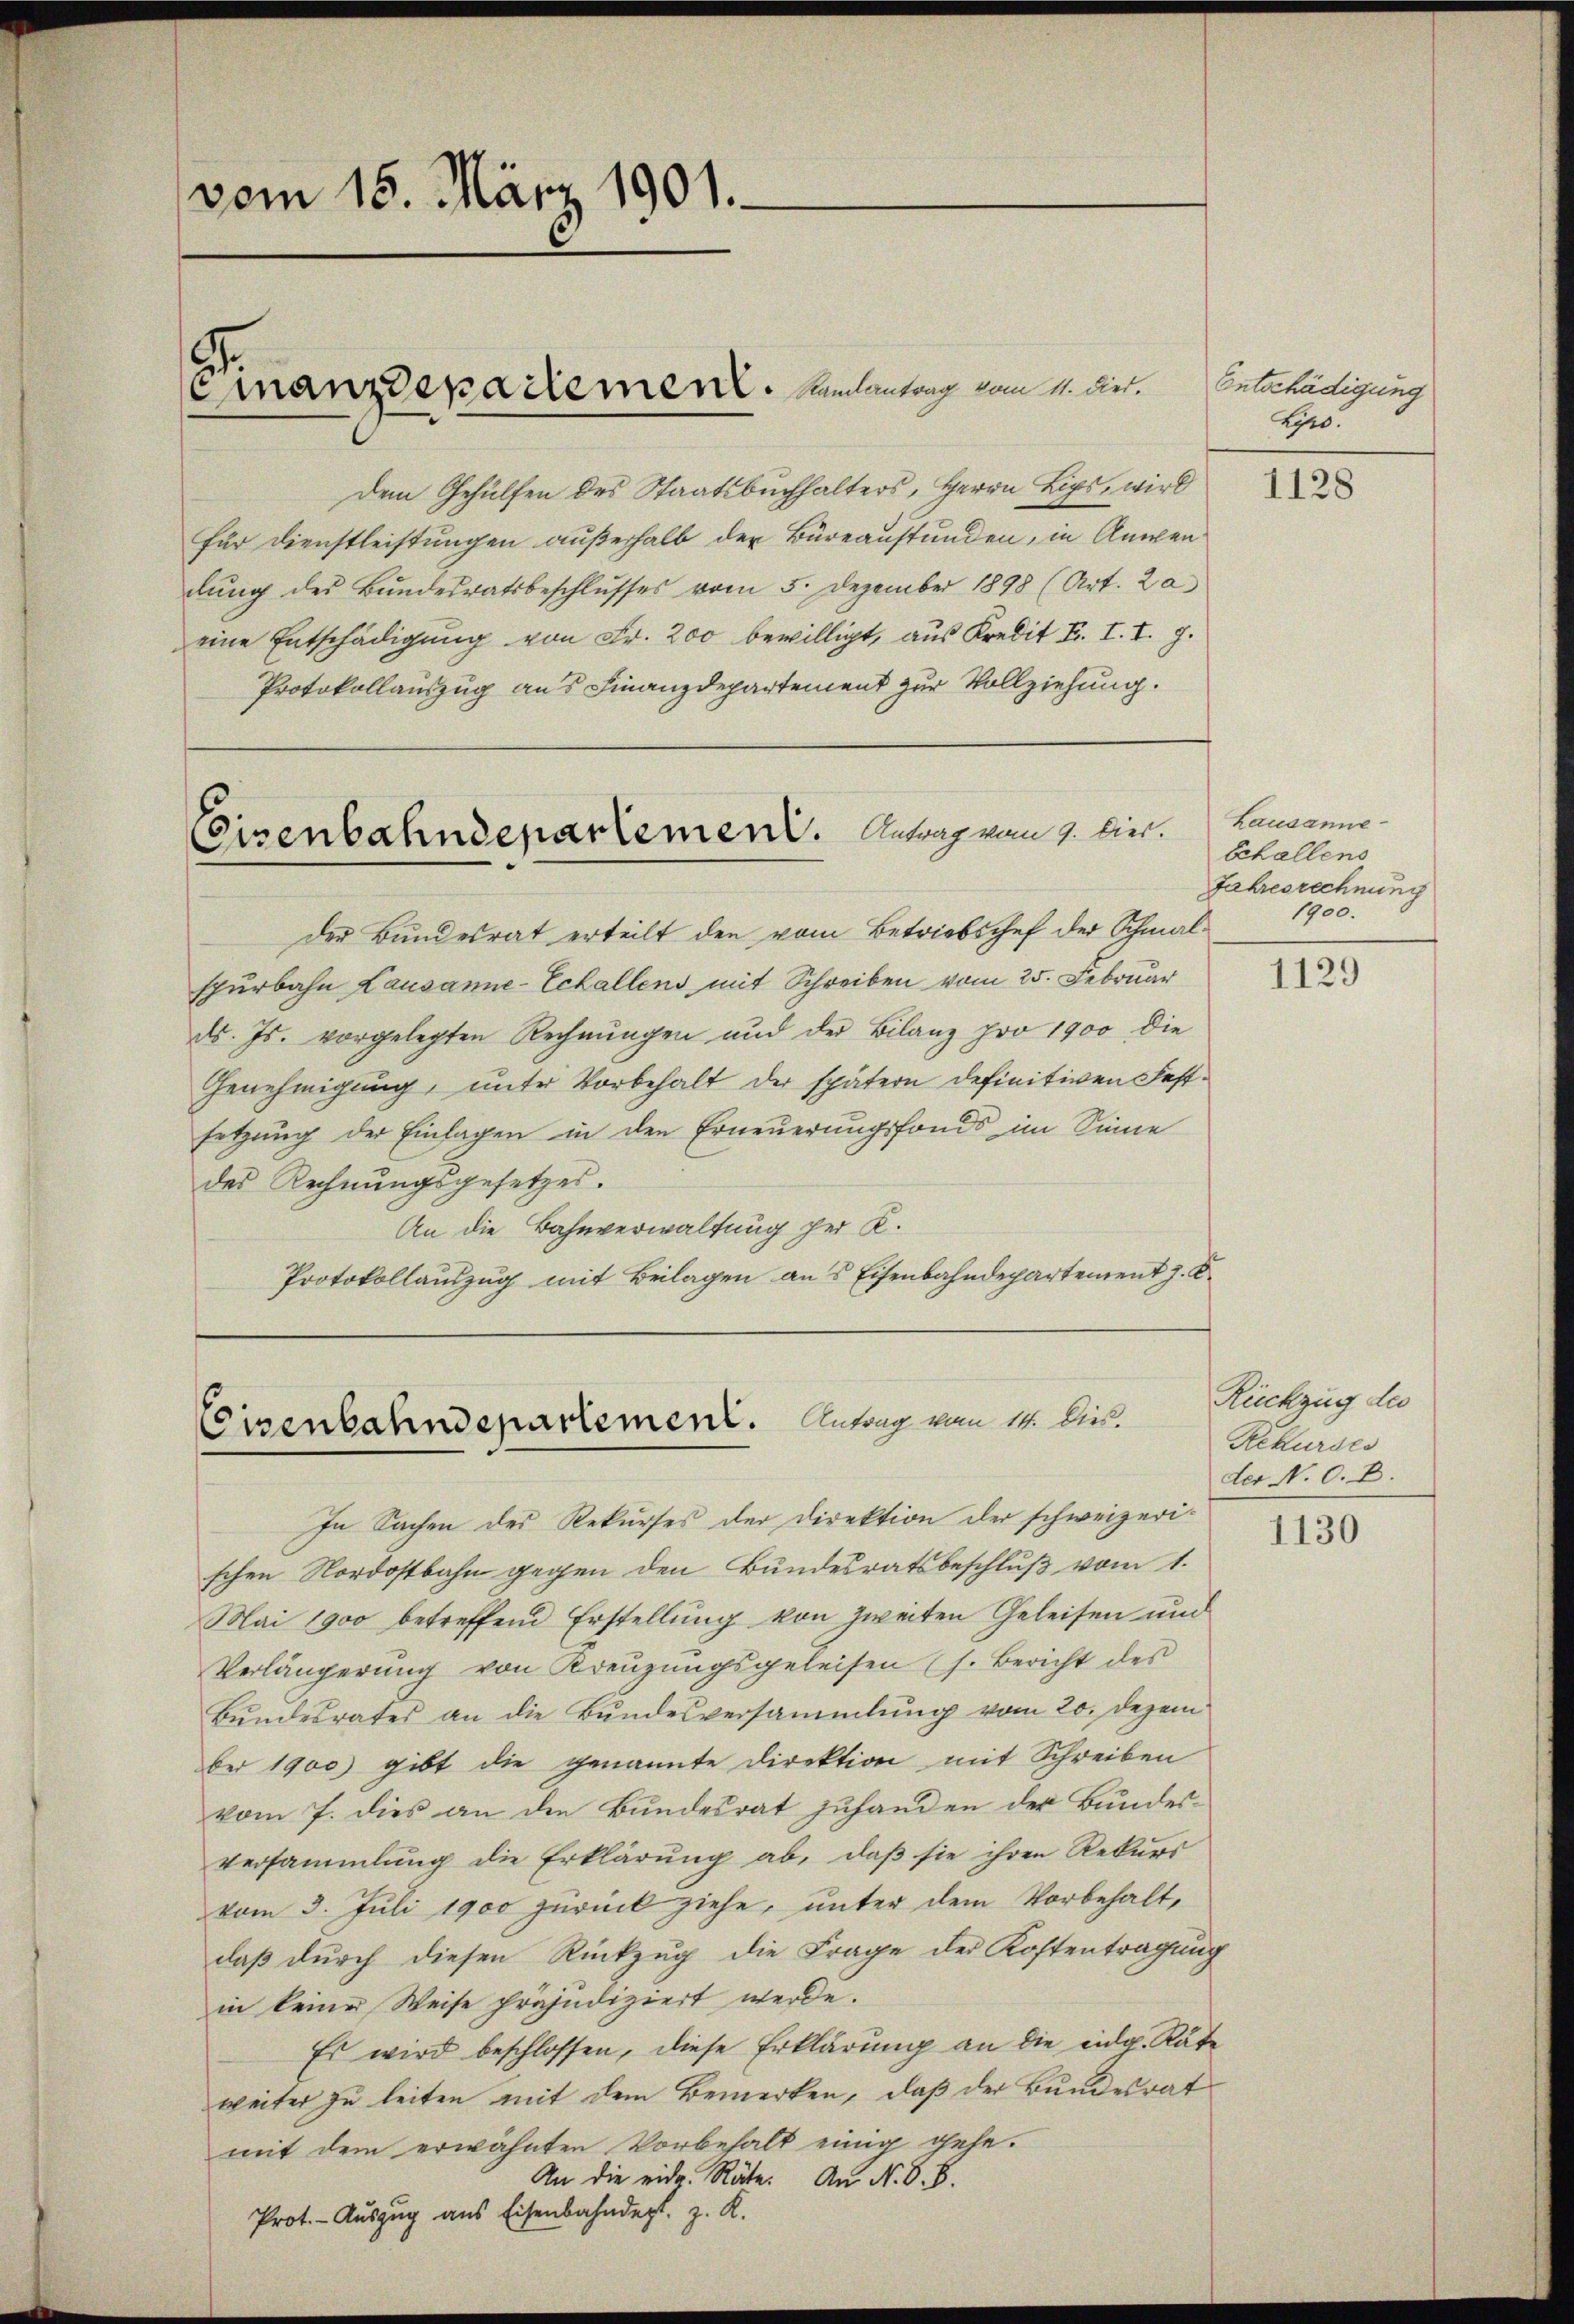
vom 15. März 1901.

Dem Gehülfen des Staatsbuchhalters, Herrn Lips, wird
für Dienstleistungen außerhalb der Büreaustunden, in Anwen
dung des Bundesratsbeschlusses vom 5. Dezember 1898 (Art. 20
eine Entschädigung von Fr. 200 bewilligt, aus Kredit F. II.
Protokollauszug aus Finanzdepartement zur Vollziehung.

Einanzdepadement. Mailantrag vom 11. Diet.

Eisenbahndepartement. Antrag vom 1. hier.

der Bundesrat erteilt den vom Betriebschef der Schmalspurbahn Lausanne-Echallens mit Schreiben vom 25. Februar
ds. Js. vorgelegten Rechnungen und der Bilanz pro 1900 die
Genehmigung, unter Vorbehalt der spätern definitiven Festsetzung der Einlagen in den Erneuerungsfonds im Sinne
des Rechnungsgesetzes.
An die Bahnverwaltung per K.
Protokollauszug mit Beilagen aus Eisenbahndepartement J. K.

Ceisenbahndepartement. Antrag vom 14. Sieb.

In Sachen des Rekurses der Direktion der schweizerischen Nordostbahn gegen den Bundesratsbeschluß vom 1.
Mai 1900 betreffend Erstellung von zweiten Geleisen und
Verlängerŭng von Kreŭzŭngsgeleisen (s. Bericht des
Bundesrates an die Bundesversammlung vom 20. Dezem
ber 1900) gibt die genannte Direktion mit Schreiben
vom 7. dies an die Bundesrat zuhanden der Bundesversammlung die Erklärung ab, daß sie ihren Rekurs
vom 3. Juli 1900 zurück ziehe, unter dem Vorbehalt,
daß durch diesen Rückzug die Frage der Kostentragung
in keiner Weise präjudiziert werde.
Es wird beschlossen, diese Erklärung an die eidg. Räte
weiter zu leiten mit dem Bemerken, daß der Bundesrat
mit dem erwähnten Vorbehalt einig gehe.
An die eidg. Räte. An N. O. B.
Prot. - Auszug aus Eisenbahndept, z. R.

Entschädigung
Lyro.

1128

Lausanne
Schallens
Jahresrechnung
1900.

1129

Rückzug des
Rekurses
der N. O. D.

1130